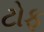
ટોફ